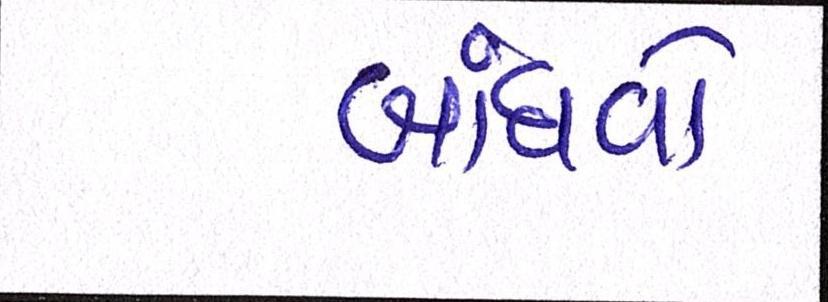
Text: બાંધવો